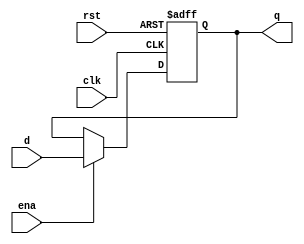
`timescale 1ns / 1ps
`default_nettype none //helps catch typo-related bugs
//////////////////////////////////////////////////////////////////////////////////
// 
// CS 141 - Fall 2015
// Module Name:    pc_register
// Author(s): 
// Description: 
//
//
//////////////////////////////////////////////////////////////////////////////////

module pc_register(clk, rst, d, q, ena);

	parameter N = 32;
	input wire clk, rst, ena;
	input wire [N-1:0] d;
	output reg [N-1:0] q;

	always @(posedge rst or posedge clk) begin
		if(rst) begin
			q <= 32'h00400000;
		end
		else if (ena) begin
			q <= d;
		end
		else begin
			q <= q;
		end
	end
	
endmodule